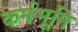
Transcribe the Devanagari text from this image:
कर्मभूमि